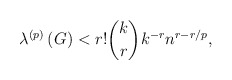
\begin{align*}\lambda^{\left( p\right) }\left( G\right) <r!\binom{k}{r}k^{-r}n^{r-r/p},\end{align*}